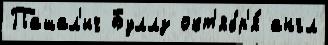
Пашал'ич Буллз окт'ябр'я́ англ